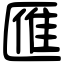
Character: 𠥔